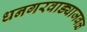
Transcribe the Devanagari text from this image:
धनगरवाड्याजवळ